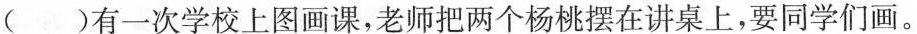
()有一次学校上图画课，老师把两个杨桃摆在讲桌上，要同学们画。